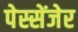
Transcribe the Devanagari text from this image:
पेस्सेंजेर